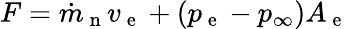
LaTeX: F=\dot{m}_{\mathrm{~n~}}v_{\mathrm{~e~}}+(p_{\mathrm{~e~}}-p_{\infty})A_{\mathrm{~e~}}